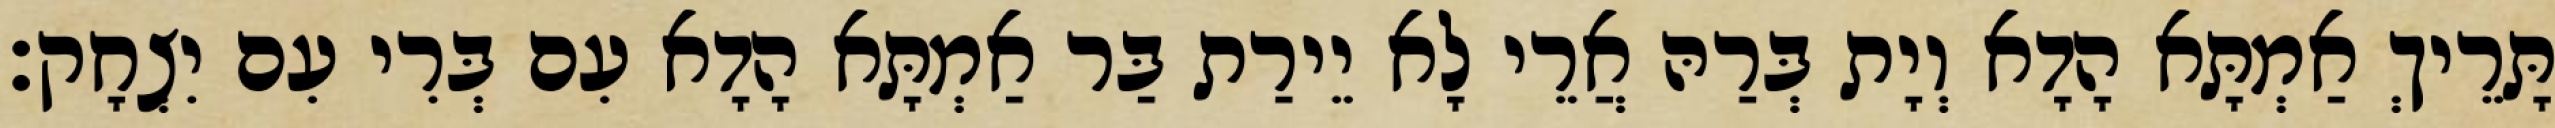
תָּרֵיךְ אַמְתָּא הָדָא וְיָת בְּרַהּ אֲרֵי לָא יֵירַת בַּר אַמְתָּא הָדָא עִם בְּרִי עִם יִצְחָק׃